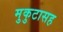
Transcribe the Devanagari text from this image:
मुकुटासह